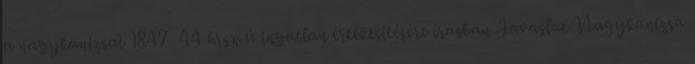
a nagykanizsai 1847 44 hrsz-ú ingatlan értékesítésére írásban Javaslat Nagykanizsa